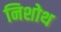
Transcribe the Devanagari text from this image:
निशोथ